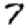
Digit: 7